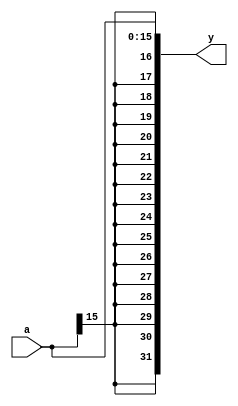
module signextend(  //16-to-32 Sign Extension Module
input [15:0] a,     //input data
output [31:0] y);   //sign extended output

//Loads input itself right-justified,
//pads left with the same sign (MSB of input)
assign y = {{16{a[15]}}, a};
endmodule